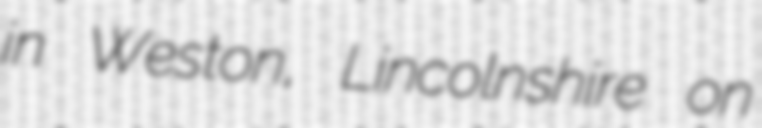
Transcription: in Weston, Lincolnshire on